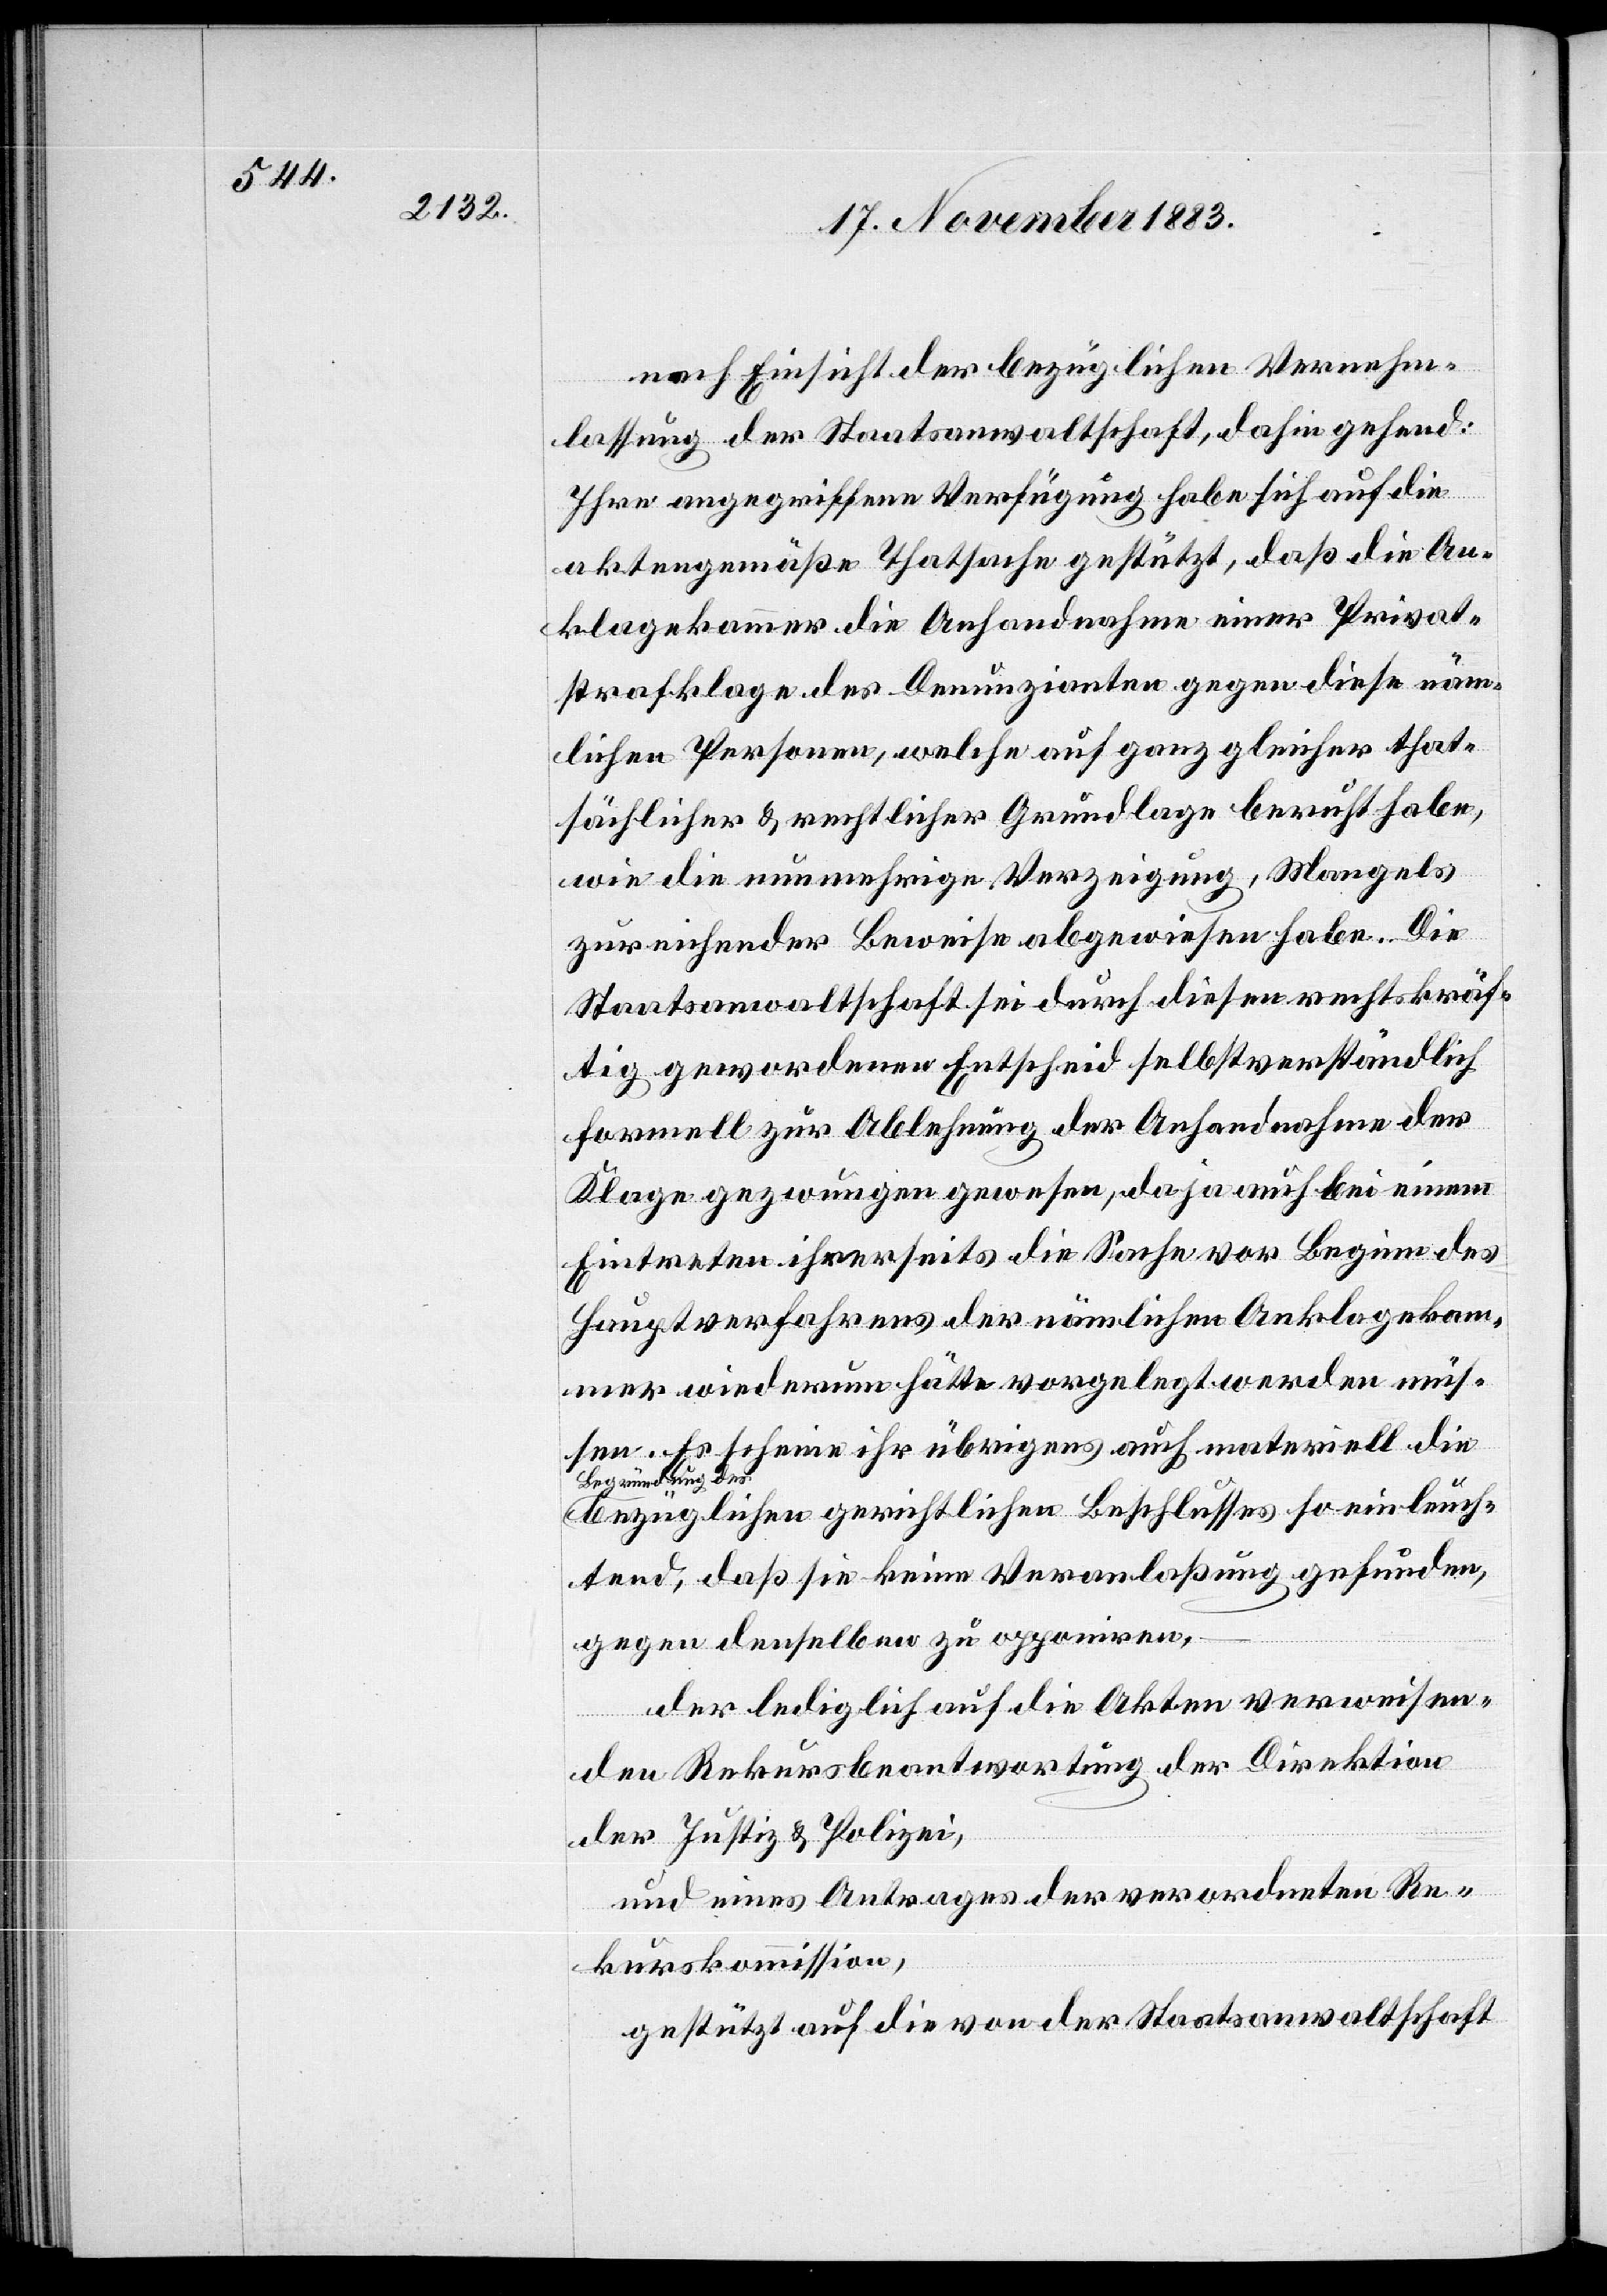
nach Einsicht der bezüglichen Vernehm¬
lassung der Staatsanwaltschaft, dahingehend:
Ihre angegriffene Verfügung habe sich auf die
aktengemäße Thatsache gestützt, daß die An¬
lagekammer die Anhandnahme einer Privat¬
strafklage des Denunzianten gegen diese näm¬
lichen Personen, welche auf ganz gleicher that¬
sächlicher & rechtlicher Grundlage beruht habe,
wie die nunmehrige Verzeigung, Mangels
zureichender Beweise abgewiesen habe. Die
Staatsanwaltschaft sei durch diesen rechtskräf¬
tig gewordenen Entscheid selbstverständlich
formell zur Ablehnung der Anhandnahme der
Eintreten ihrerseits die Sache vor Beginn des
Hauptverfahrens der nämlichen Anklagekam¬
mer wiederum hätte vorgelegt werden müs¬
sen. Es scheine ihr übrigens auch materiell die
Begründung des
bezüglichen gerichtlichen Beschlusses so einleuch¬
tend, daß sie keine Veranlaßung gefunden,
gegen denselben zu opponiren,
der lediglich auf die Akten verweisen¬
den Rekursbeantwortung der Direktion
der Justiz & Polizei,
und eines Antrages der verordneten Re¬
kurskommission,
gestützt auf die von der Staatsanwaltschaft